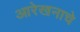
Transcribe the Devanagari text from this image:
आरेखनाचे